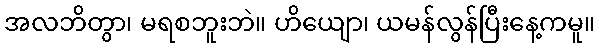
အလဘိတွာ၊ မရစဘူးဘဲ။ ဟိယျော၊ ယမန်လွန်ပြီးနေ့ကမူ။